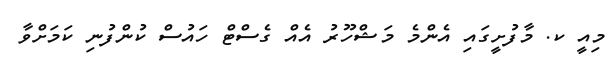
މިއީ ކ. މާފުށީގައި އެންމެ މަޝްހޫރު އެއް ގެސްޓް ހައުސް ކުންފުނި ކަމަށްވާ